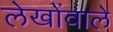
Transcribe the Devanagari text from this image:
लेखोंवाले